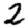
Digit: 2